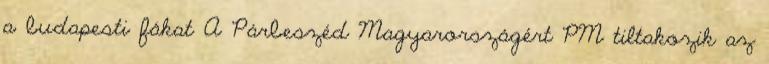
a budapesti fákat A Párbeszéd Magyarországért PM tiltakozik az